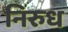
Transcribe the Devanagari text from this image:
निरुध